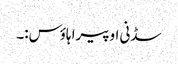
سڈنی اوپیرا ہاؤس:۔